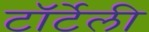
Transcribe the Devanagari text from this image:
टॉर्टेली